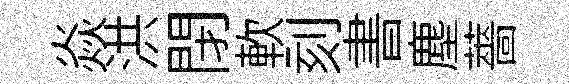
焱洪閉軟刻書塵薔